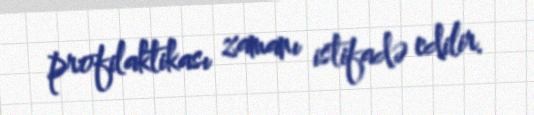
profilaktikası zamanı istifadə edilir.